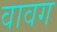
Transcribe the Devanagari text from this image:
वावग